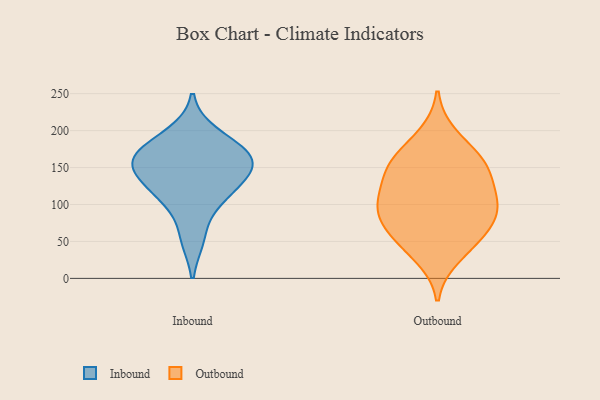
{"axis": {"x": "Conversion Rate (%)", "y": "Value"}, "legend": ["Inbound", "Outbound"], "data": [{"x": "", "y": 137, "type": "Inbound"}, {"x": "", "y": 167, "type": "Inbound"}, {"x": "", "y": 170, "type": "Inbound"}, {"x": "", "y": 196, "type": "Inbound"}, {"x": "", "y": 143, "type": "Inbound"}, {"x": "", "y": 106, "type": "Inbound"}, {"x": "", "y": 154, "type": "Inbound"}, {"x": "", "y": 168, "type": "Inbound"}, {"x": "", "y": 54, "type": "Inbound"}, {"x": "", "y": 114, "type": "Inbound"}, {"x": "", "y": 138, "type": "Outbound"}, {"x": "", "y": 90, "type": "Outbound"}, {"x": "", "y": 105, "type": "Outbound"}, {"x": "", "y": 156, "type": "Outbound"}, {"x": "", "y": 164, "type": "Outbound"}, {"x": "", "y": 136, "type": "Outbound"}, {"x": "", "y": 29, "type": "Outbound"}, {"x": "", "y": 108, "type": "Outbound"}, {"x": "", "y": 61, "type": "Outbound"}, {"x": "", "y": 194, "type": "Outbound"}, {"x": "", "y": 47, "type": "Outbound"}, {"x": "", "y": 97, "type": "Outbound"}, {"x": "", "y": 86, "type": "Outbound"}, {"x": "", "y": 158, "type": "Outbound"}, {"x": "", "y": 66, "type": "Outbound"}]}